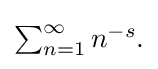
{\textstyle \sum _{n=1}^{\infty }n^{-s}.}